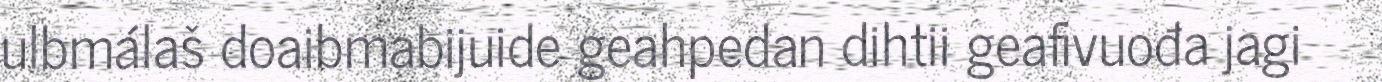
ulbmálaš doaibmabijuide geahpedan dihtii geafivuođa jagi